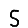
Digit: 5